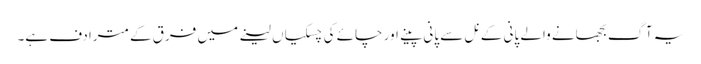
یہ آگ بجھانے والے پانی کے نل سے پانی پینے اور چائے کی چسکیاں لینے میں فرق کے مترادف ہے۔